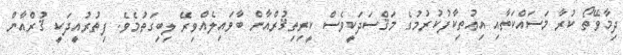
ދިމާވޭތޯ ކުރާ މަސައްކަތާއި އިޢުތިކާފުކުރުމުގެ މަޤްސަދަކީވެސް ކީރިތިޤުރްއާން ބާވައިލެއްވިރޭ ލިބިގަތުމެވެ. ފިތުރުއީދަކީ ޤުރްއާން